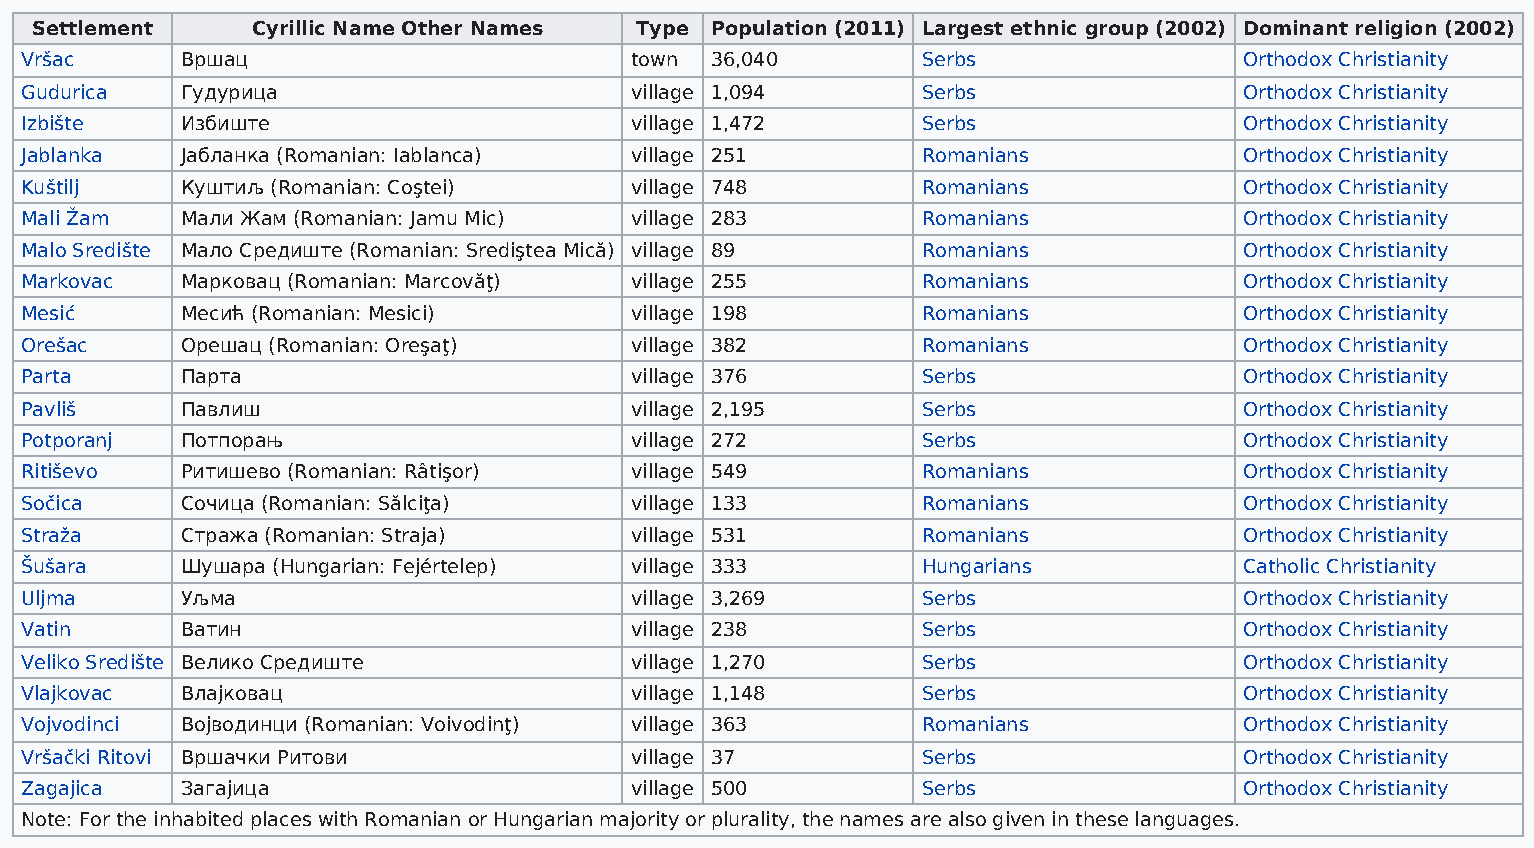
Settlement     Cyrillic Name Other Names Type Population (2011) Largest ethnic group (2002) Dominant religion (2002)
 Vršac      Вршац                         town 36,040        Serbs                Orthodox Christianity
 Gudurica   Гудурица                      village 1,094      Serbs                Orthodox Christianity
 Izbište    Избиште                       village 1,472      Serbs                Orthodox Christianity
 Jablanka   Јабланка (Romanian: Iablanca) village 251        Romanians            Orthodox Christianity
 Kuštilj    Куштиљ (Romanian: Coştei)     village 748        Romanians            Orthodox Christianity
 Mali Žam   Мали Жам (Romanian: Jamu Mic) village 283        Romanians            Orthodox Christianity
 Malo Središte Мало Средиште (Romanian: Srediştea Mică) village 89 Romanians      Orthodox Christianity
 Markovac   Марковац (Romanian: Marcovăţ) village 255        Romanians            Orthodox Christianity
 Mesić      Месић (Romanian: Mesici)      village 198        Romanians            Orthodox Christianity
 Orešac     Орешац (Romanian: Oreşaţ)     village 382        Romanians            Orthodox Christianity
 Parta      Парта                         village 376        Serbs                Orthodox Christianity
 Pavliš     Павлиш                        village 2,195      Serbs                Orthodox Christianity
 Potporanj  Потпорањ                      village 272        Serbs                Orthodox Christianity
 Ritiševo   Ритишево (Romanian: Râtişor)  village 549        Romanians            Orthodox Christianity
 Sočica     Сочица (Romanian: Sălciţa)    village 133        Romanians            Orthodox Christianity
 Straža     Стража (Romanian: Straja)     village 531        Romanians            Orthodox Christianity
 Šušara     Шушара (Hungarian: Fejértelep) village 333       Hungarians           Catholic Christianity
 Uljma      Уљма                          village 3,269      Serbs                Orthodox Christianity
 Vatin      Ватин                         village 238        Serbs                Orthodox Christianity
 Veliko Središte Велико Средиште          village 1,270      Serbs                Orthodox Christianity
 Vlajkovac  Влајковац                     village 1,148      Serbs                Orthodox Christianity
 Vojvodinci Војводинци (Romanian: Voivodinţ) village 363     Romanians            Orthodox Christianity
 Vršački Ritovi Вршачки Ритови            village 37         Serbs                Orthodox Christianity
 Zagajica   Загајица                      village 500        Serbs                Orthodox Christianity
 Note: For the inhabited places with Romanian or Hungarian majority or plurality, the names are also given in these languages.